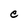
Character: e